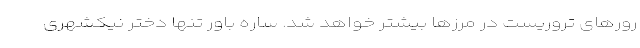
رورهای تروریست در مرزها بیشتر خواهد شد. ساره باور تنها دختر نیکشهری